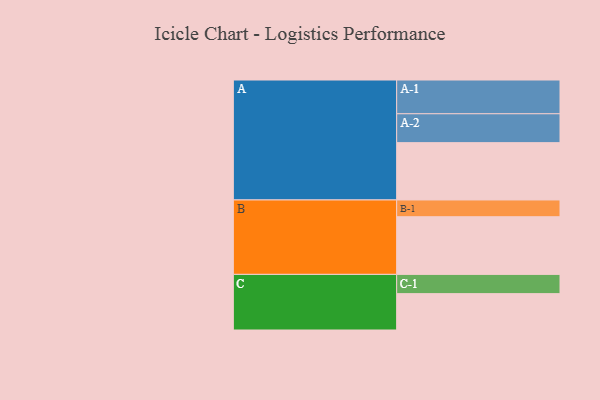
{"axis": {"x": "Segment", "y": "Value"}, "legend": ["", "A", "B", "C"], "data": [{"x": "A", "y": 506, "type": ""}, {"x": "B", "y": 509, "type": ""}, {"x": "C", "y": 321, "type": ""}, {"x": "A-1", "y": 298, "type": "A"}, {"x": "A-2", "y": 255, "type": "A"}, {"x": "B-1", "y": 148, "type": "B"}, {"x": "C-1", "y": 170, "type": "C"}]}